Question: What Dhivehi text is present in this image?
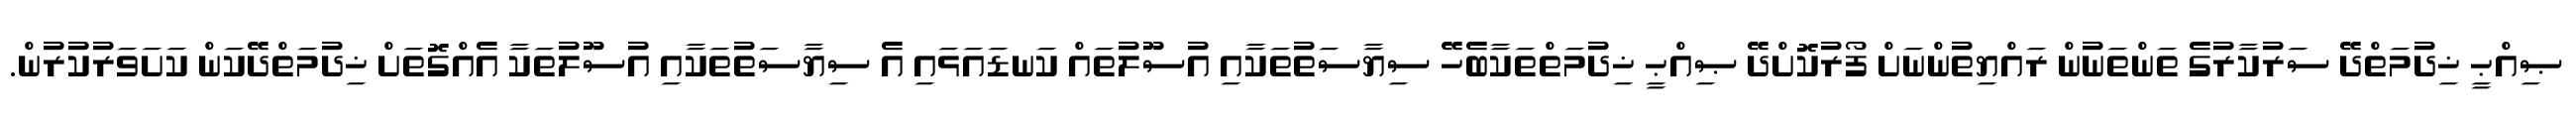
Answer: ޞިއްޙީ ޚިދުމަތްދޭ ސަރުކާރުގެ ތަންތަނުން ރައްޔިތުންނަށް ފޯރުކޮށްދޭ ޞިއްޙީ ޚިދުމަތްތަކާބެހޭ ސިޔާސަތުތަކާއި އުސޫލުތައް ކަނޑައަޅައި އެ ސިޔާސަތުތަކާއި އުސޫލުތަކާ އެއްގޮތަށް ޚިދުމަތްދޭކަން ކަށަވަރުކުރުން.